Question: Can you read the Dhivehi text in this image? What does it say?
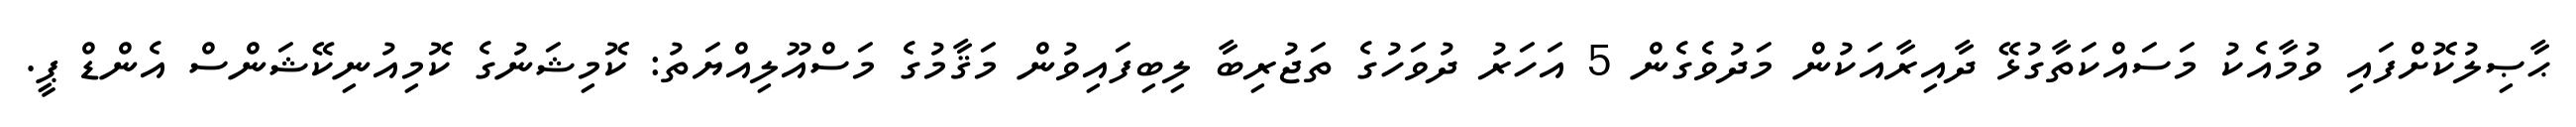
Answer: ޙާޞިލުކޮށްފައި ވުމާއެކު މަސައްކަތާގުޅޭ ދާއިރާއަކުން މަދުވެގެން 5 އަހަރު ދުވަހުގެ ތަޖުރިބާ ލިބިފައިވުން މަޤާމުގެ މަސްއޫލިއްޔަތު: ކޮމިޝަނުގެ ކޮމިއުނިކޭޝަންސް އެންޑް ޕީ.